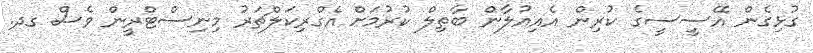
ގުޅިގެން އޭސީސީގެ ކުރިން އެއިއުލާން ބާތިލް ކުރުމަށް އެގްރިކަލްޗަރު މިނިސްޓްރީން ވެސް ގދ.